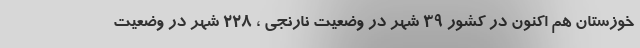
خوزستان هم اکنون در کشور 39 شهر در وضعیت نارنجی ، 228 شهر در وضعیت